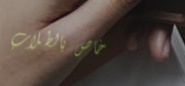
خاص بالطلاب